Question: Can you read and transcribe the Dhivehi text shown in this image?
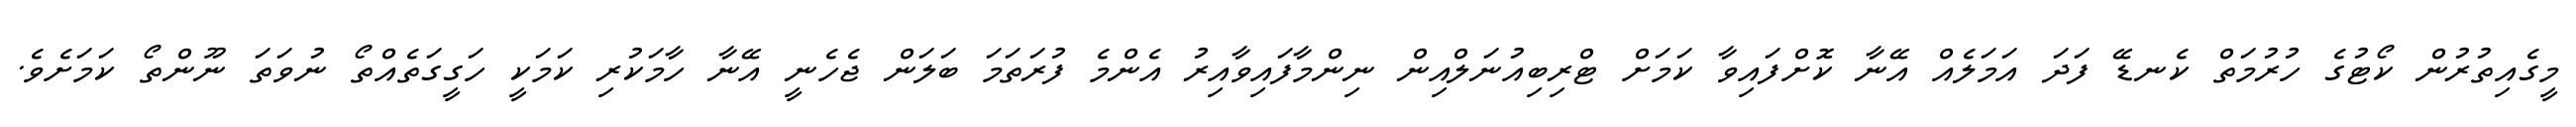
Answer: މީގެއިތުރުން ކޯޓުގެ ހުރުމަތް ކެނޑޭ ފަދަ އަމަލެއް އޭނާ ކޮށްފައިވާ ކަމަށް ޓްރިބިއުނަލްއިން ނިންމާފައިވާއިރު އެންމެ ފުރަތަމަ ބަލަން ޖެހެނީ އޭނާ ހާމަކުރި ކަމަކީ ހަގީގަތެއްތޯ ނުވަތަ ނޫންތޯ ކަމަށެވެ.